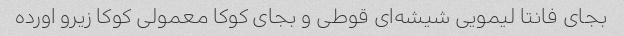
بجای فانتا لیمویی شیشه‌ای قوطی و بجای کوکا معمولی کوکا زیرو اورده